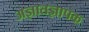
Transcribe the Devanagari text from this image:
अज्ञातज्ञापक